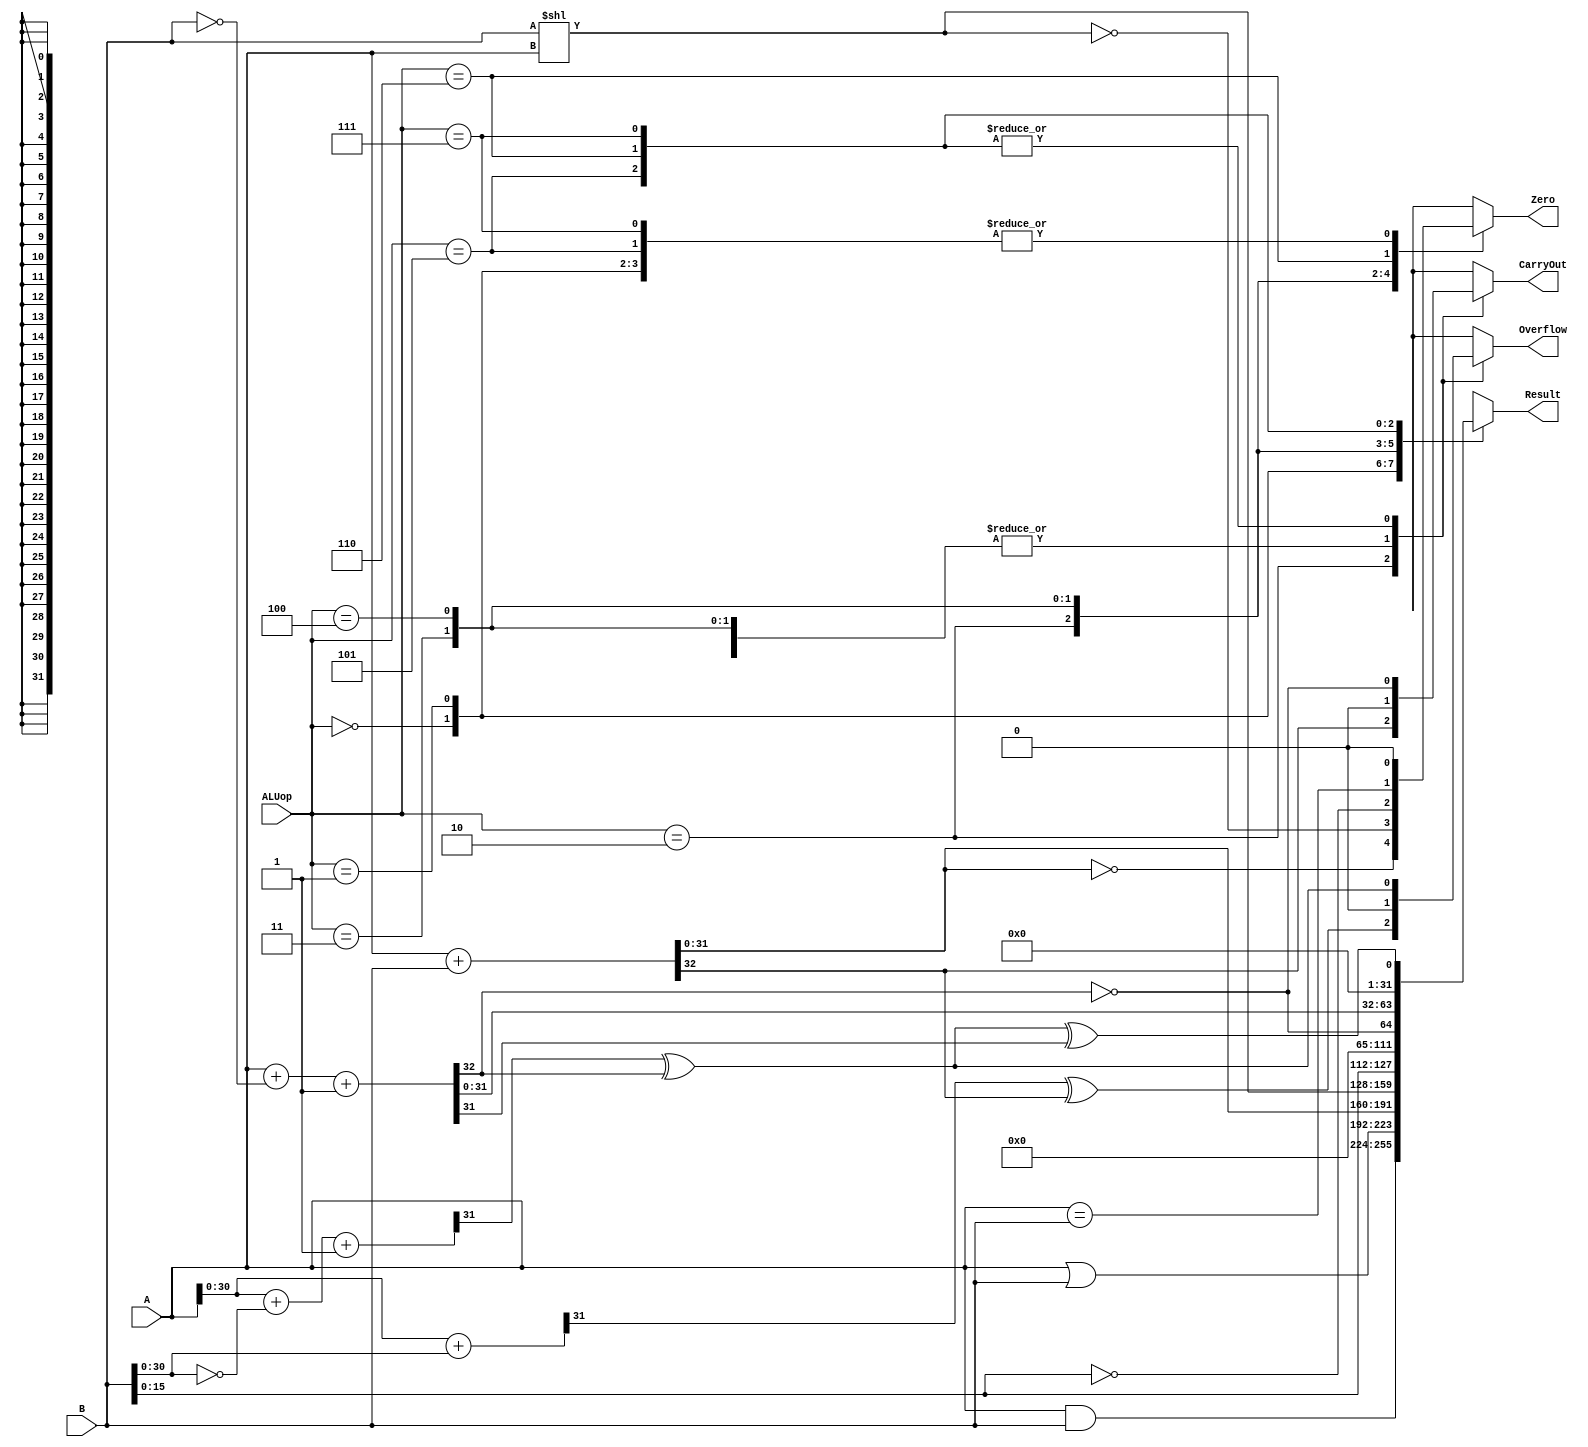
`ifdef PRJ1_FPGA_IMPL
	// the board does not have enough GPIO, so we implement a 4-bit ALU
    `define DATA_WIDTH 4
`else
    `define DATA_WIDTH 32
`endif

module alu(
	input [`DATA_WIDTH - 1:0] A,
	input [`DATA_WIDTH - 1:0] B,
	input [2:0] ALUop,
	output reg Overflow,
	output reg CarryOut,
	output reg Zero,
	output reg [`DATA_WIDTH - 1:0] Result
);
 
reg [`DATA_WIDTH - 1:0] reswithsign;//
reg sltres1;
reg sltres2;
reg Cout;
reg [`DATA_WIDTH - 1:0] negb;
reg [`DATA_WIDTH - 2:0] negbs;

always@(A or B or ALUop) 
begin
	case(ALUop)
	3'b000: //ALUop=000,FUNCTION=And
	begin
		Result = A & B;//&
		Zero = 0;
		CarryOut = 0;
		Overflow = 0;//
	end

	3'b001: //ALUop=001,FUNCTION=Or
	begin
		Result = A | B;//|
		Zero = 0;
		CarryOut = 0;
		Overflow = 0;//And
	end

	3'b010: //ALUop=010,FUNCTION=Add
	begin
		{CarryOut,Result} = A + B;//(CarryOut)
		reswithsign = A[`DATA_WIDTH - 2:0] + B[`DATA_WIDTH - 2:0];//
		Overflow = reswithsign[`DATA_WIDTH - 1] ^ CarryOut;//Overflow
		Zero = (Result == 0);
	end
	
	3'b011: //ALUop=011,FUNCTION=Sll
	begin
		Result = B << A; //B = rt, A = shamt
		Overflow = 0; //(?)
		CarryOut = 0; //(?)
		Zero = (Result == 0); //(?)
    	end

	3'b100: //ALUop=100,FUNCTION=Lui
	begin
		Result = {B[15:0],16'b0}; //B = rt
		Overflow = 0; //(?)
		CarryOut = 0; //(?)
		Zero = (Result == 0); //(?)
	end

	3'b101: //ALUop=101,FUNCTION=Slt_unsigned
	begin
		negb = ~B;
		negbs = ~B[`DATA_WIDTH - 2:0];
		{Cout,Result} = A + negb + 1;
		reswithsign = A[`DATA_WIDTH - 2:0] + negbs + 1;
		Overflow = reswithsign[`DATA_WIDTH - 1] ^ Cout;
		CarryOut = ~Cout;//0 //
		//sltres1 = Overflow ^ Result[`DATA_WIDTH - 1];//slt
		sltres2 = CarryOut;//slt
		Result = {{(`DATA_WIDTH - 1){1'b0}},sltres2};
		//Result = {{(`DATA_WIDTH - 1){1'b0}},sltres1};
		Zero = 0;
	end

	3'b110: //ALUop=110,FUNCTION=Subtract
	begin
		negb = ~B;
		negbs = ~B[`DATA_WIDTH - 2:0];
		{Cout,Result} = A + negb + 1;
		reswithsign = A[`DATA_WIDTH - 2:0] + negbs + 1;
		Overflow = reswithsign[`DATA_WIDTH - 1] ^ Cout;
		CarryOut = ~Cout;//0
		Zero = (A == B);
	end

	3'b111: //ALUop=111,FUNCTION=Slt_signed
	begin
		negb = ~B;
		negbs = ~B[`DATA_WIDTH - 2:0];
		{Cout,Result} = A + negb + 1;
		reswithsign = A[`DATA_WIDTH - 2:0] + negbs + 1;
		Overflow = reswithsign[`DATA_WIDTH - 1] ^ Cout;
		CarryOut = ~Cout;//0 //
		sltres1 = Overflow ^ Result[`DATA_WIDTH - 1];//slt
		//sltres2 = CarryOut;//slt
		//Result = {{(`DATA_WIDTH - 2){0}},sltres2,sltres1};
		Result = {{(`DATA_WIDTH - 1){1'b0}},sltres1};
		Zero = 0;
	end

	default:
	begin
		Overflow = 0;
		CarryOut = 0;
		Zero = 0;
		Result = 0;
	end

	endcase

end

endmodule